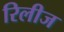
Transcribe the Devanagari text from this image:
रिलीज